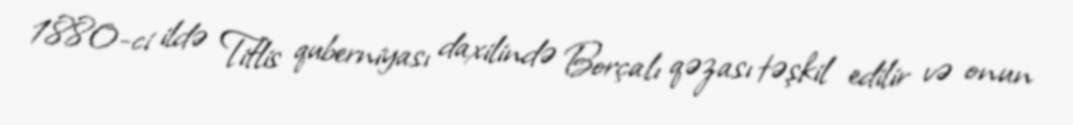
1880-ci ildə Tiflis quberniyası daxilində Borçalı qəzası təşkil edilir və onun